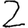
Digit: 2